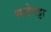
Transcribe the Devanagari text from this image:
भाडेपट्टा